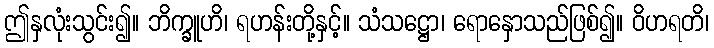
ဤနှလုံးသွင်း၍။ ဘိက္ခူဟိ၊ ရဟန်းတို့နှင့်။ သံသဋ္ဌော၊ ရောနှောသည်ဖြစ်၍။ ဝိဟရတိ၊